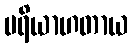
ပရိယာဟတာယ